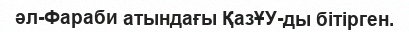
әл-Фараби атындағы ҚазҰУ-ды бітірген.